Vaccination in the Punjab 1883-1896 - 1883-1896
Year: 1883
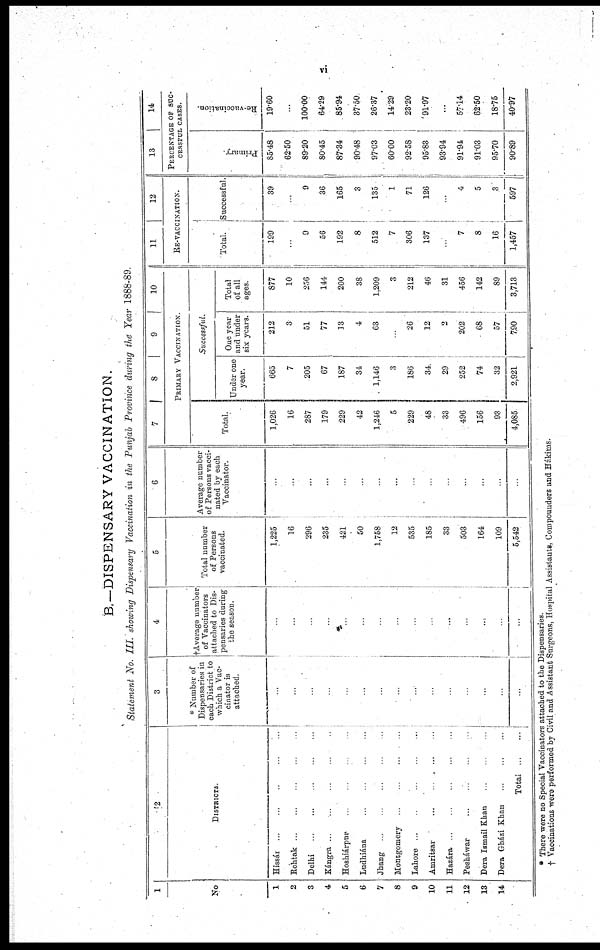
vi
B.— DISPENSARY VACCINATION.
Statement No. III. showing Dispensary Vaccination in the Punjab Province during the Year 1888-89
1
No
1
2
3
4
5
6
7
8
9
10
11
12
13
14
2
DISTRICTS
Hissár ... ... ... ... ...
Rohtak ... ... ... ... ...
Delhi ... ... ... ... ...
Kángra ... ... ... ... ...
Hoshiárpur ... ... ... ... ...
Ludhiána
...
...
...
...
...
Jhang ... ... ... ... ...
Montgomery ... ... ... ... ...
Lahore ... ... ... ... ...
Amritsar
...
...
...
...
...
Hazára
...
...
...
...
...
Pesháwar
...
...
...
...
...
Dera Ismail Khan ... ... ... ... ...
Dera Gházi Khan... ... ... ... ...
Total
...
...
3
* Number of
Dispensaries in
each District to
which a Vac-
cinator is
attached
...
...
...
...
...
...
...
...
...
...
...
...
...
...
...
4
† Average number
of Vaccinators
attached to Dis-
pensaries during
the season.
...
...
...
...
...
...
...
...
...
...
...
...
...
...
...
5
Total number
of Persons
vaccinated.
1,225
16
296
235
421
50
1,758
12
535
185
33
503
164
109
5,542
6
Average number
of Persons vacci-
nated by each
Vaccinator.
...
...
...
...
...
...
...
...
...
...
...
...
...
...
...
7
8
9
10
PRIMARY VACCINATION.
Total.
1,026
16
287
179
229
42
1,246
5
229
48
33
496
156
93
4,085
Successful.
Under one
year.
665
7
205
67
187
34
1,146
3
186
34
29
252
74
32
2,921
One year
and under
six years.
212
3
51
77
13
4
63
26
12
2
202
68
57
790
Total
of all
ages.
877
10
256
144
200
38
1,209
3
212
46
31
456
142
89
3,713
11
12
RE-VACCINATION.
Total.
199
...
9
56
192
8
512
7
306
137
...
7
8
16
1,457
Successful.
39
...
9
36
165
3
135
1
71
126
...
4
5
3
597
13
14
PERCENTAGE OF SUC-
------- CASES.
Primary
85.48
62.50
89.20
80.45
87.34
90.48
97.03
60.00
92.58
95.83
93.94
91.94
91.03
95.70
90.89
Re-vaccination.
19.60
...
100.00
64.29
85.94
37.50
26.37
14.29
23.20
91.97
...
57.14
62.50
18.75
40.97
* There were no Special Vaccinators attached to the Dispensaries
† Vacoinations were performed by Civil and Assistant Surgeons, Hospital Assistants, Compounders and Hákims.